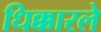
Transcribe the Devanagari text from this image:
धिक्कारले